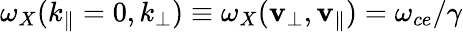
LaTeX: \omega_{X}(k_{\| }=0,k_{\perp})\equiv\omega_{X}(\mathbf{v}_{\perp},\mathbf{v}_{\| })=\omega_{ce}/\gamma